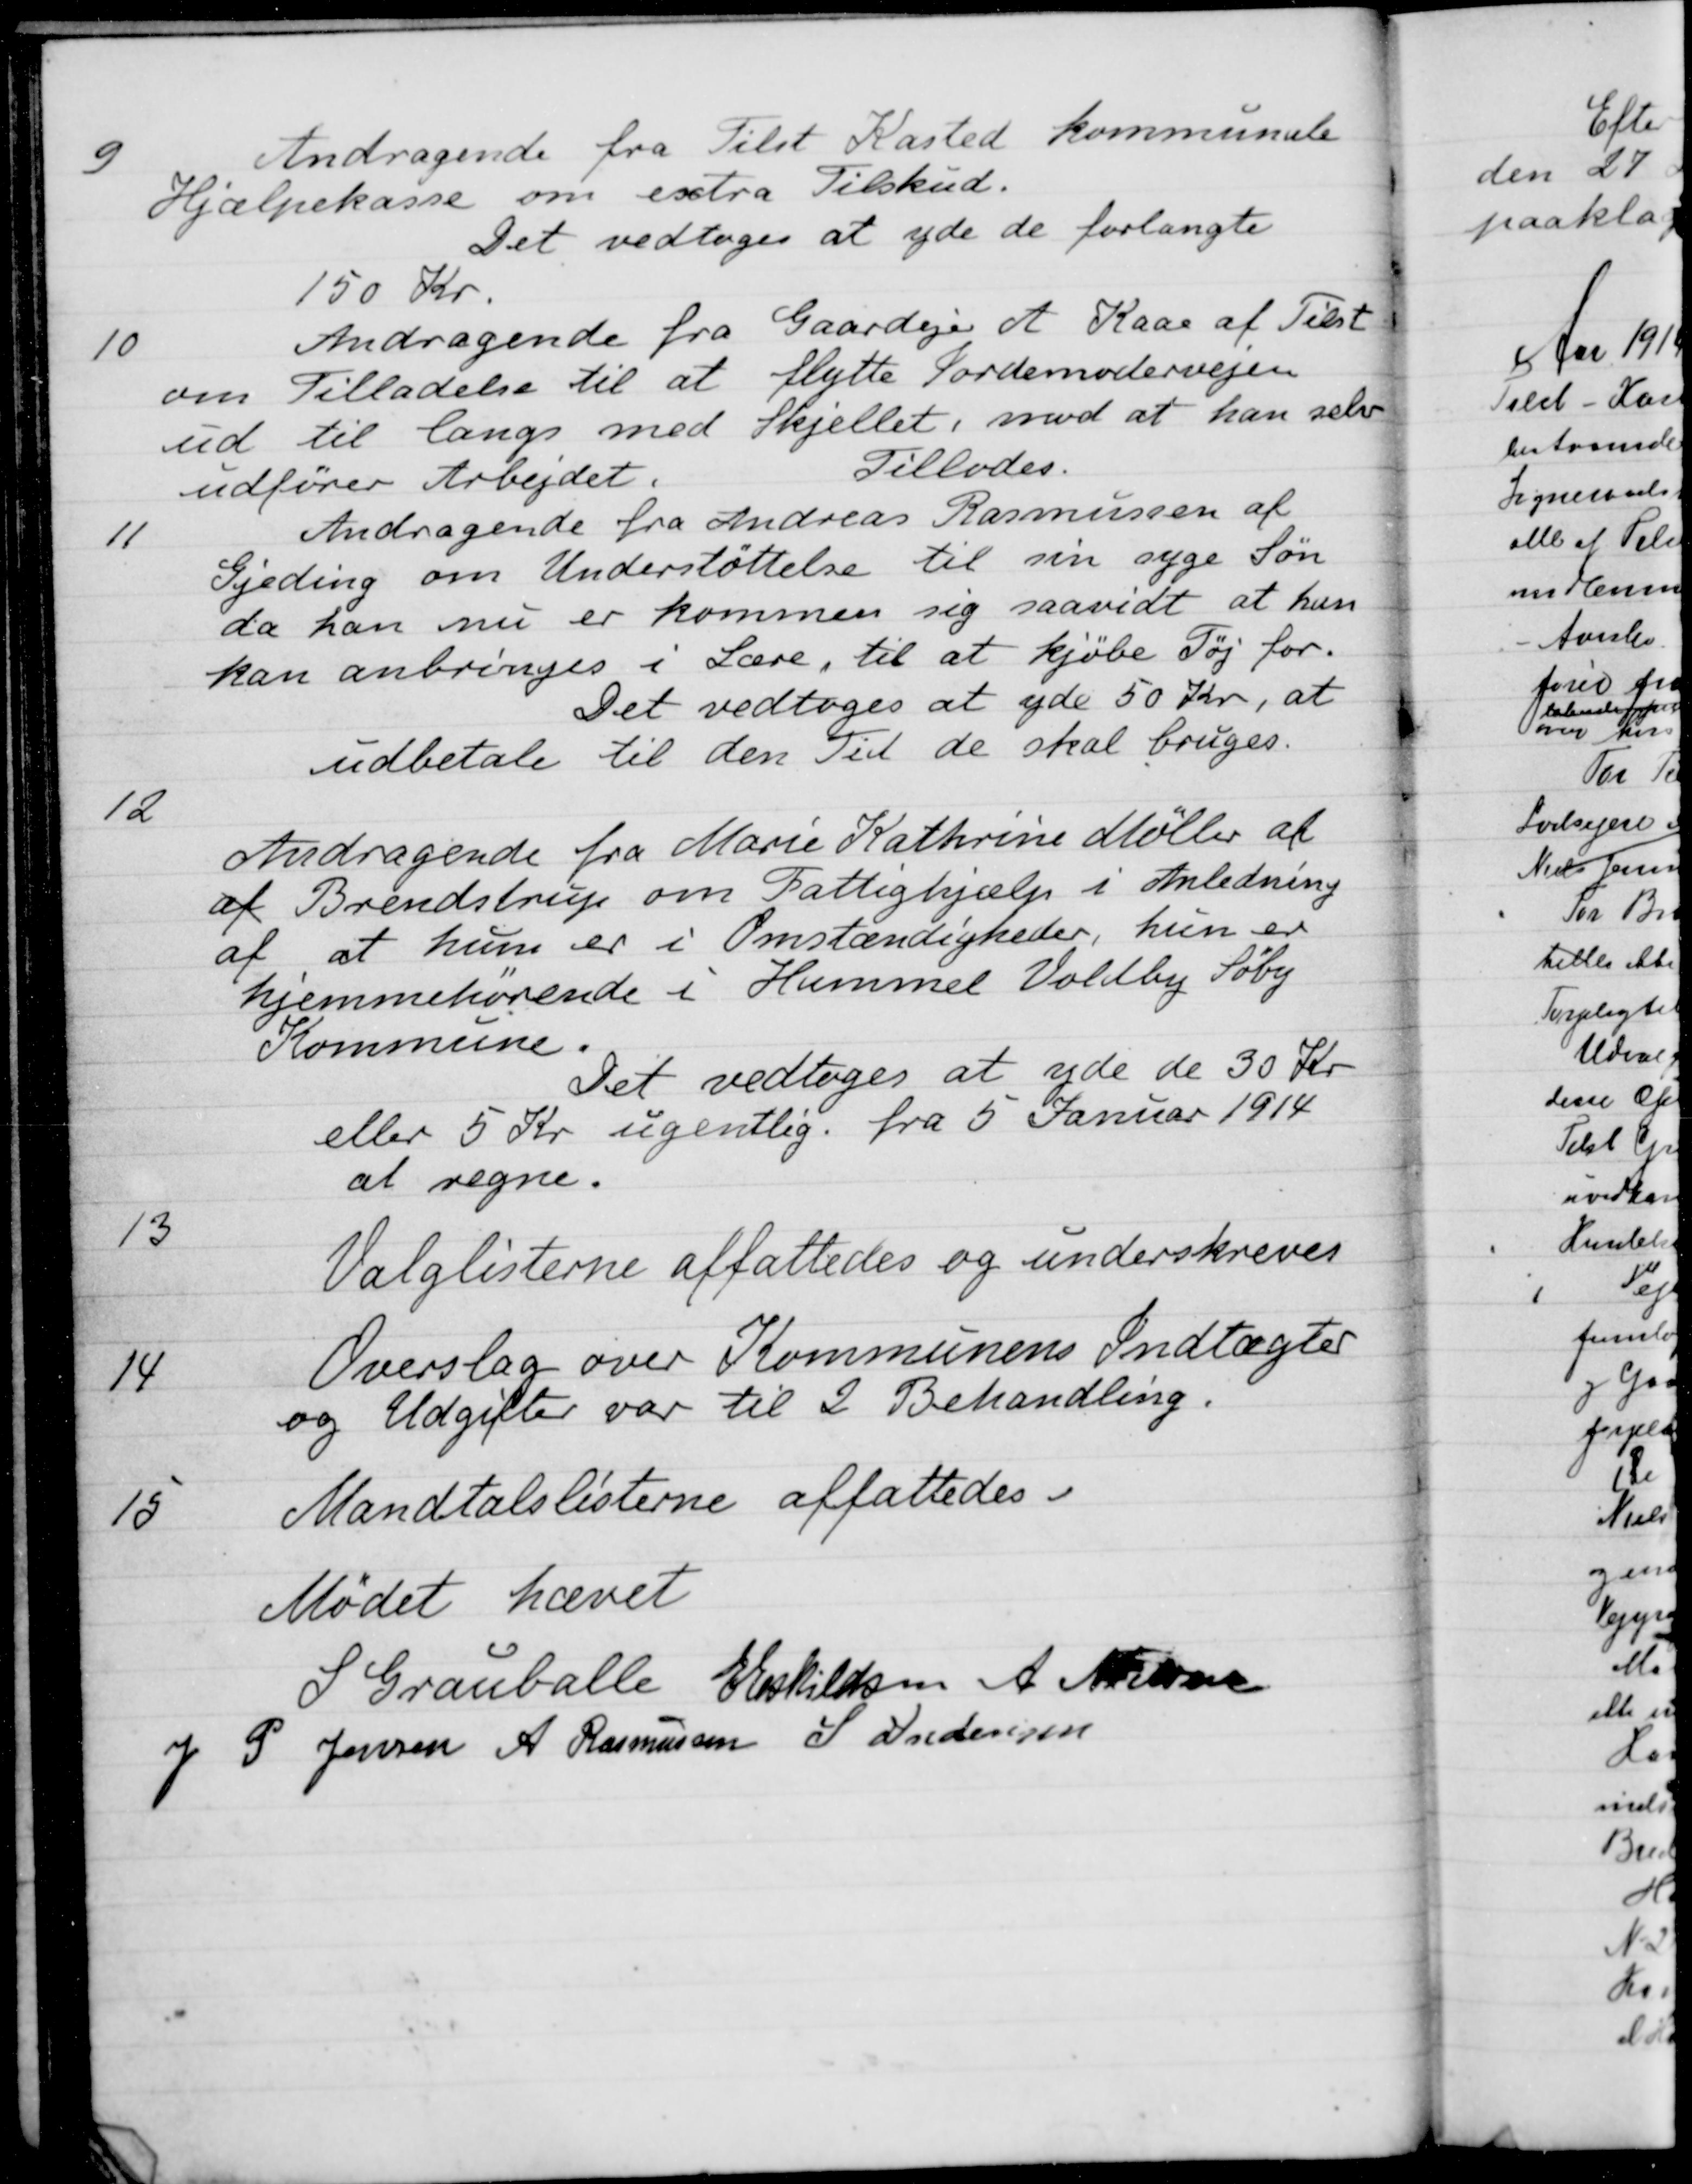
Transskription:
9
Andragende fra Tilst Kasted kommunale
Hjælpekasse om extra Tilskud.
Det vedtoges at yde de forlangte
150 Kr.
10
Andragende fra Gaardejer A Kaae af Tilst
om Tilladelse til at flytte Jordemodervejen
ud til langs med Skjellet, mod at han selv
udfører Arbejdet.
Tillodes.
11
Andragende fra Andreas Rasmussen af
Fjeding om Understøttelse til sin syge Søn
da han nu er kommen sig saavidt at han
kan anbringes i Lære, til at kjøbe Tøj for.
Det vedtoges at yde 50 Kr, at
udbetale til den Tid de skal bruges.
12
Andragende fra Marie Kathrine Møller af
af Brendstrup om Fattighjælp i Anledning
af at hun er i Omstændigheder, hun er
hjemmehørende i Hammel Voldby Søby
Kommune.
Det vedtoges at yde de 30 Kr
eller 5 Kr ugentlig. fra 5 Januar 1914
at regne.
13
Valglisterne affattedes og underskreves
14
Overslag over Kommunens Indtægter
og Udgifter var til 2 Behandling.
15
Mandtalslisterne affattedes.
Mødet hævet
S. Grauballe
E Eskildsen
A. Nielsen
J P Jensen
A Rasmussen
S Andersen